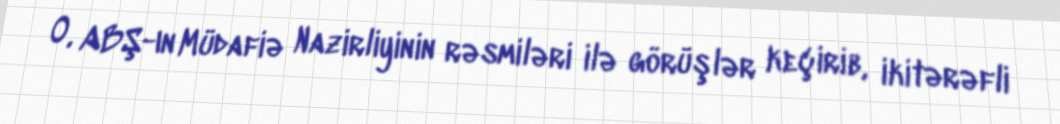
O, ABŞ-ın Müdafiə Nazirliyinin rəsmiləri ilə görüşlər keçirib, ikitərəfli